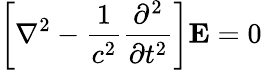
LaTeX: \left[\nabla^{2}-{\frac{1}{c^{2}}}{\frac{\partial^{2}}{\partial t^{2}}}\right]\mathbf{E}=0